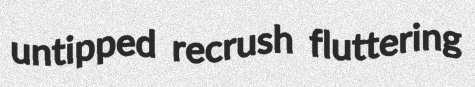
untipped recrush fluttering